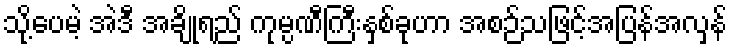
သို့ပေမဲ့ အဲဒီ အချိုရည် ကုမ္ပဏီကြီးနှစ်ခုဟာ အစဉ်သဖြင့်အပြန်အလှန်